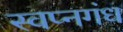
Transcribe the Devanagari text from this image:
स्वप्नगंध